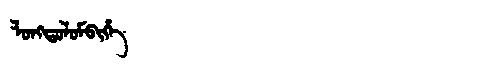
Manchu: ᠯᠣᠩᡨᠣᠯᠣᠮᠪᡳᡥᡝ
Romanization: LONGTOLOMBIHE